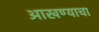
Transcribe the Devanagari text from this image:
आखण्याचा